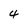
Character: 4